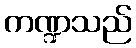
ကဏ္ဍသည်